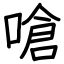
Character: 嗆